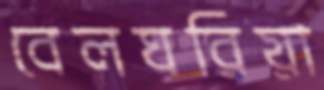
বেলঘরিয়া